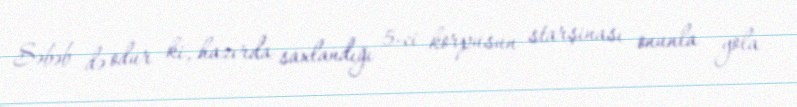
Səbəb də odur ki, hazırda saxlandığı 5-ci korpusun starşinası onunla yola